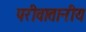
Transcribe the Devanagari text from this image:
परीवातानीय